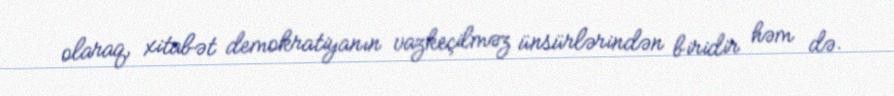
olaraq, xitabət demokratiyanın vazkeçilməz ünsürlərindən biridir həm də.